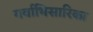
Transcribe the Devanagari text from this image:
गर्वाभिसारिका